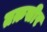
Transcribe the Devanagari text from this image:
तक़सीर